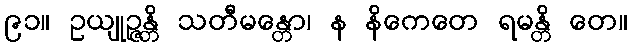
၉၁။ ဥယျုဉ္ဇန္တိ သတီမန္တော၊ န နိကေတေ ရမန္တိ တေ။